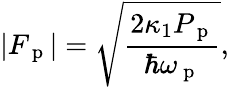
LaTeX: |F_{\mathrm{~p~}}|=\sqrt{\frac{2\kappa_{1}P_{\mathrm{~p~}}}{\hbar\omega_{\mathrm{~p~}}}},